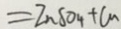
= Z n S O _ { 4 } + C u